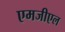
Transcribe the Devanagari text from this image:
एमजीएल